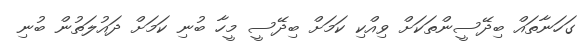
ގަހަނާތައް ބިދޭސީންތަކަށް ވިއްކި ކަމަށް ބިދޭސީ މީހާ ބުނި ކަމަށް ދައުލަތުން ބުނި